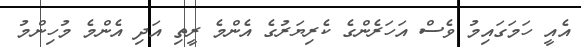
އެއީ ހަމަގައިމު ވެސް އަހަރެންގެ ކެރިޔަރުގެ އެންމެ ރީތި އަދި އެންމެ މުހިންމު